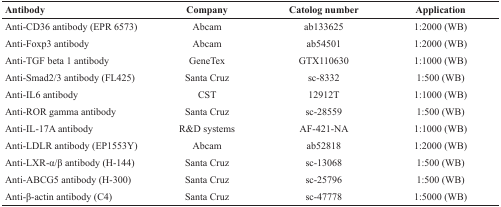
<table><thead><tr><td><b>Antibody</b></td><td><b>Company</b></td><td><b>Catolog number</b></td><td><b>Application</b></td></tr></thead><tbody><tr><td>Anti-CD36 antibody (EPR 6573)</td><td>Abcam</td><td>ab133625</td><td>1:2000 (WB)</td></tr><tr><td>Anti-Foxp3 antibody</td><td>Abcam</td><td>ab54501</td><td>1:2000 (WB)</td></tr><tr><td>Anti-TGF beta 1 antibody</td><td>GeneTex</td><td>GTX110630</td><td>1:1000 (WB)</td></tr><tr><td>Anti-Smad2/3 antibody (FL425)</td><td>Santa Cruz</td><td>sc-8332</td><td>1:500 (WB)</td></tr><tr><td>Anti-IL6 antibody</td><td>CST</td><td>12912T</td><td>1:1000 (WB)</td></tr><tr><td>Anti-ROR gamma antibody</td><td>Santa Cruz</td><td>sc-28559</td><td>1:500 (WB)</td></tr><tr><td>Anti-IL-17A antibody</td><td>R&amp;D systems</td><td>AF-421-NA</td><td>1:1000 (WB)</td></tr><tr><td>Anti-LDLR antibody (EP1553Y)</td><td>Abcam</td><td>ab52818</td><td>1:2000 (WB)</td></tr><tr><td>Anti-LXR-α/β antibody (H-144)</td><td>Santa Cruz</td><td>sc-13068</td><td>1:500 (WB)</td></tr><tr><td>Anti-ABCG5 antibody (H-300)</td><td>Santa Cruz</td><td>sc-25796</td><td>1:500 (WB)</td></tr><tr><td>Anti-β-actin antibody (C4)</td><td>Santa Cruz</td><td>sc-47778</td><td>1:5000 (WB)</td></tr></tbody></table>